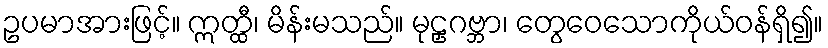
ဥပမာအားဖြင့်။ ဣတ္ထီ၊ မိန်းမသည်။ မုဠှဂဗ္ဘာ၊ တွေဝေသောကိုယ်ဝန်ရှိ၍။